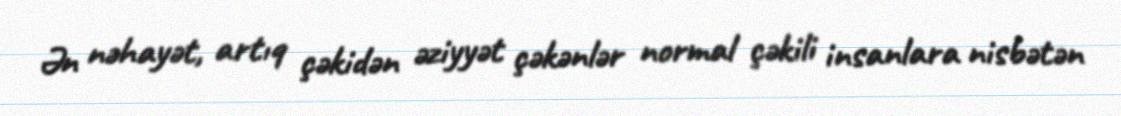
Ən nəhayət, artıq çəkidən əziyyət çəkənlər normal çəkili insanlara nisbətən